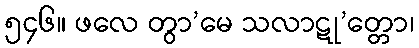
၅၄၆။ ဖလေ တွာ’မေ သလာဋု’တ္တော၊